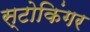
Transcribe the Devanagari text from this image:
स्टोकिंगर